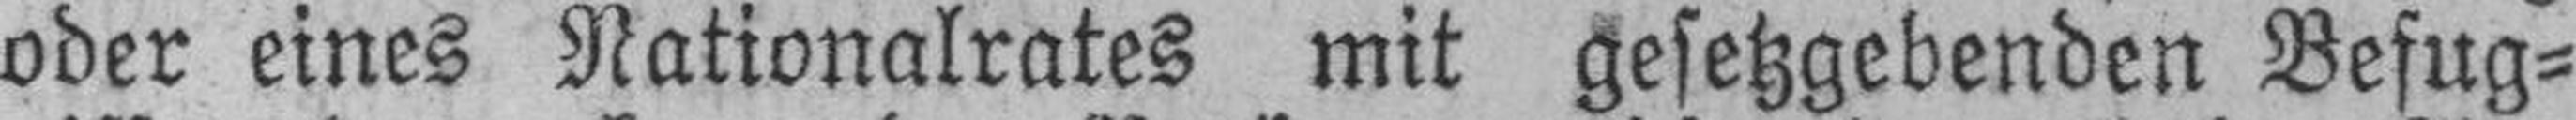
oder eines Nationalrates mit gesetzgebenden Befug¬